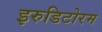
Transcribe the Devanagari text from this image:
इरुडिटोरम